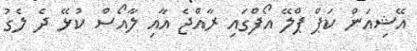
އޭޝިއަން ކަޕް ޕްލޭ އޯފްގައި ރާއްޖެ އާއި ލާއޯސް ކުޅޭ ދެ ލެގު